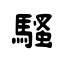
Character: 騷